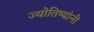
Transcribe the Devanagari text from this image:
ज्योतिष्यांनी